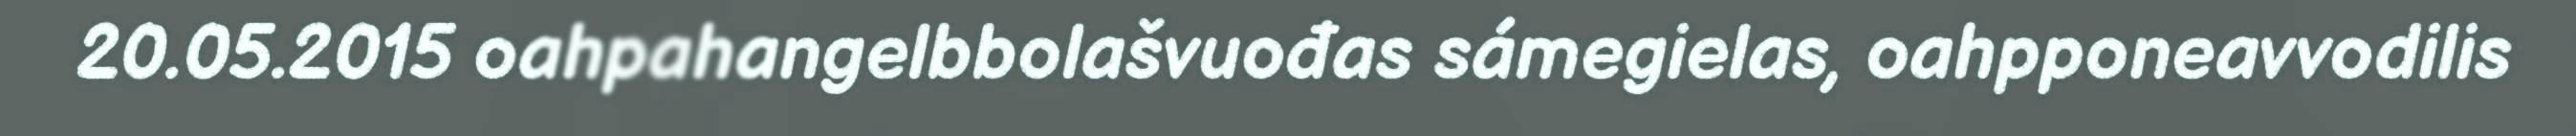
20.05.2015 oahpahangelbbolašvuođas sámegielas, oahpponeavvodilis